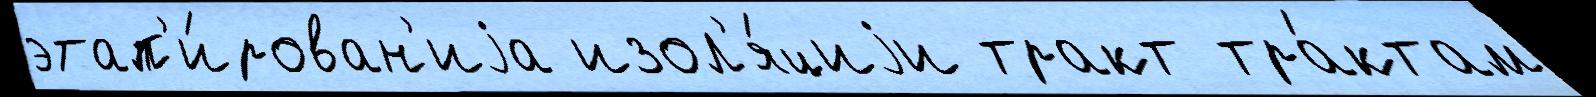
этап'и́рован'иjа изол'я́циjи тракт тра́ктам